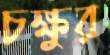
চক্ষুর